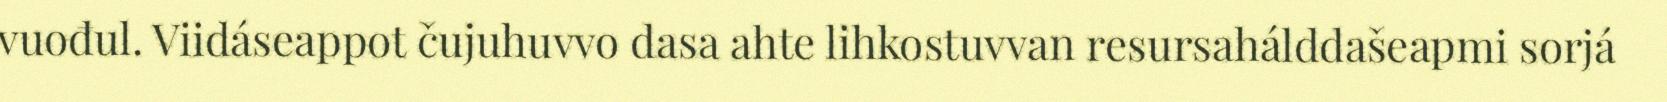
vuođul. Viidáseappot čujuhuvvo dasa ahte lihkostuvvan resursahálddašeapmi sorjá